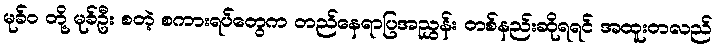
မုခ်ဝ တို့ မုခ်ဦး စတဲ့ စကားရပ်တွေက တည်နေရာပြအညွှန်း တစ်နည်းဆိုရရင် အထူးတလည်